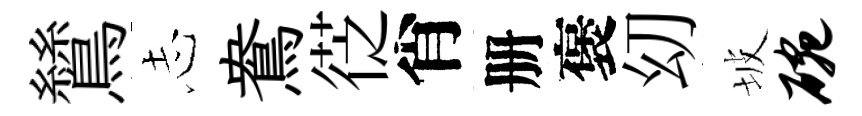
鷥𢖽鴦徔肖册褒㓜坡碗